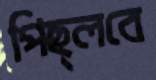
পিছ্‌লবে